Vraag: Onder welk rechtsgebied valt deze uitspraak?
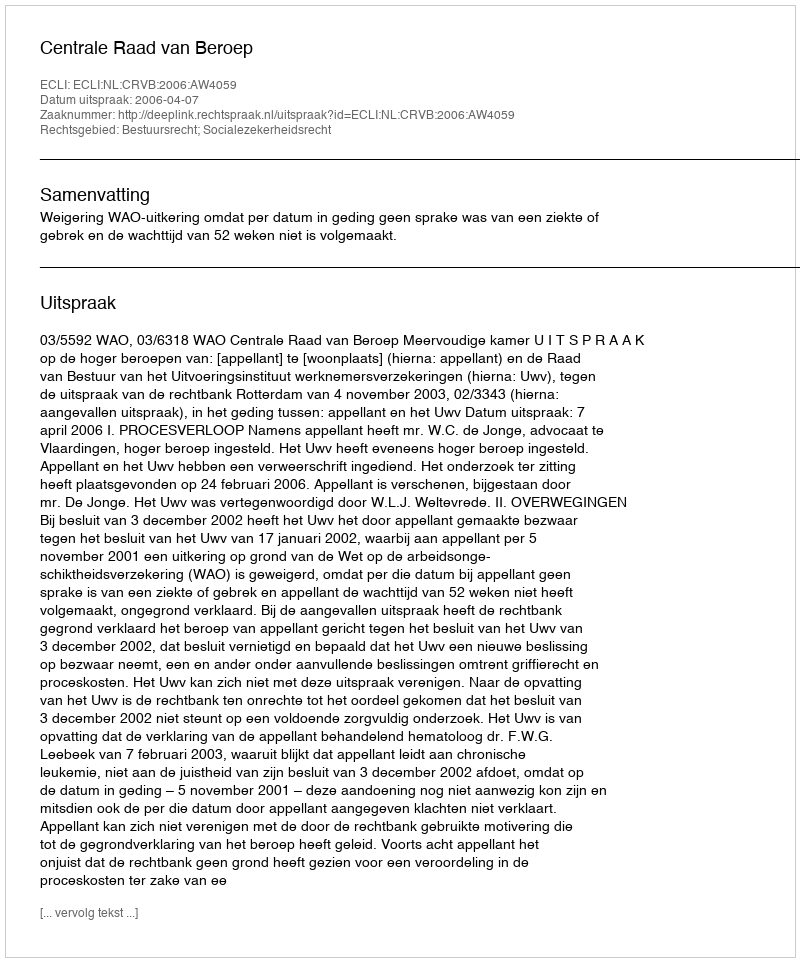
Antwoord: Bestuursrecht; Socialezekerheidsrecht